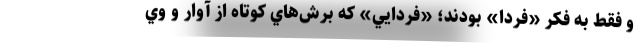
و فقط به فكر «فردا» بودند؛ «فردايي» كه برش‌هاي كوتاه از آوار و وي